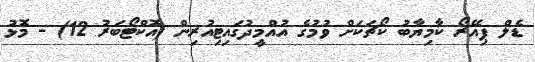
ޑެލް ޕިއޭރޯ ކާމިޔާބު ކޯޗަކަށް ވުމުގެ އުއްމީދުގައިޓިއުރިން (އޮކްޓޯބަރު 12) - މޮޅު